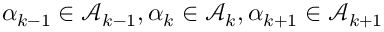
\alpha _ { k - 1 } \in \mathcal { A } _ { k - 1 } , \alpha _ { k } \in \mathcal { A } _ { k } , \alpha _ { k + 1 } \in \mathcal { A } _ { k + 1 }